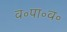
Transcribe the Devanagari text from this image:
व॰पा॰व॰